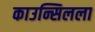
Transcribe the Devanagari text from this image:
काउन्सिलला